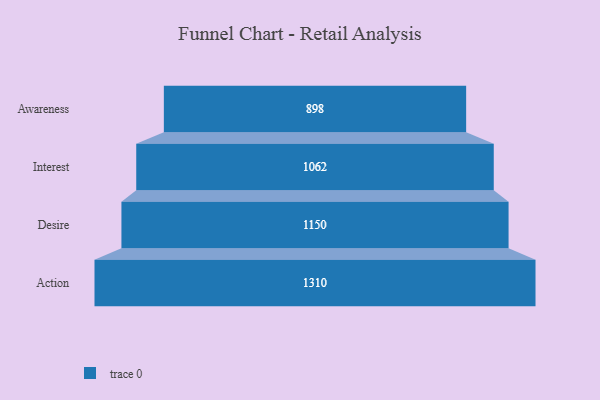
{"axis": {"x": "Stage", "y": "Value"}, "legend": [""], "data": [{"x": "Awareness", "y": 898.0, "type": ""}, {"x": "Interest", "y": 1062.0, "type": ""}, {"x": "Desire", "y": 1150.0, "type": ""}, {"x": "Action", "y": 1310.0, "type": ""}]}